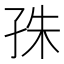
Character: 𡥛